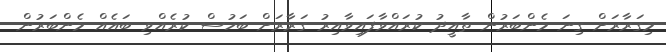
މިގަރާރަށް ގިނަ މެންބަރުން ތާއީދު ކުރައްވާފައިވާއިރު ގަރާރަށް ބަހުސް ކުރެއްވި ބައެއް މެންބަރުން